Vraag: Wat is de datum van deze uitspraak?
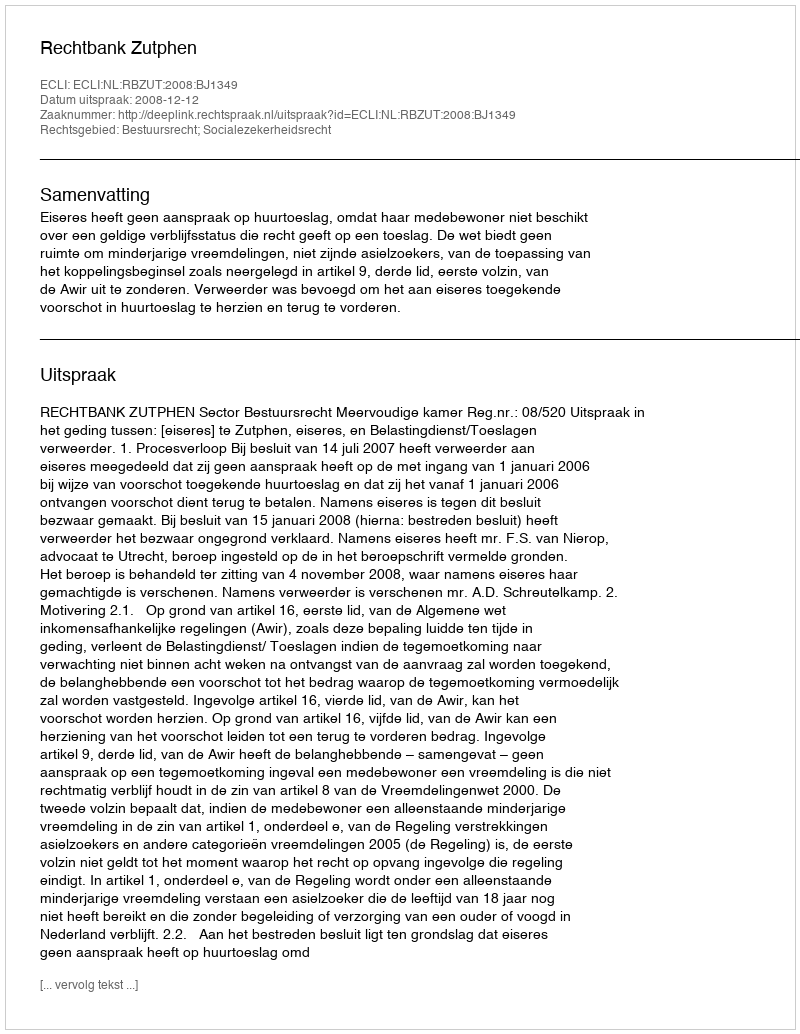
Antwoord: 2008-12-12